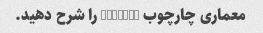
معماری چارچوب PyTorch را شرح دهید.